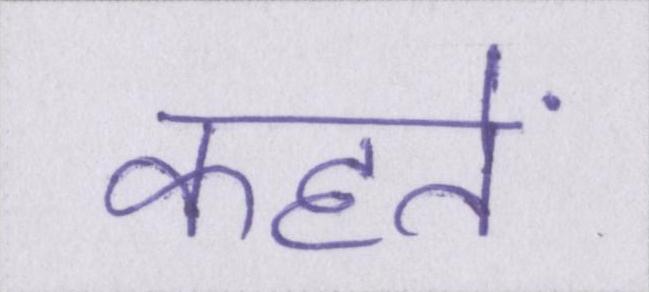
कहतें